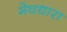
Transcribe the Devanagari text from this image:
मेघधारा